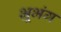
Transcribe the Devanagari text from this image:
भ्रूभंग